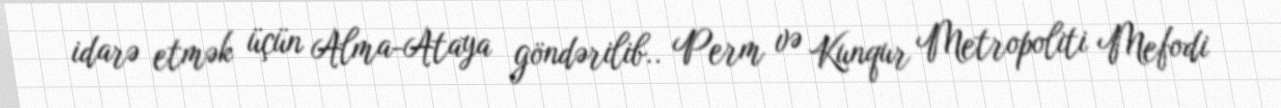
idarə etmək üçün Alma-Ataya göndərilib.. Perm və Kunqur Metropoliti Mefodi